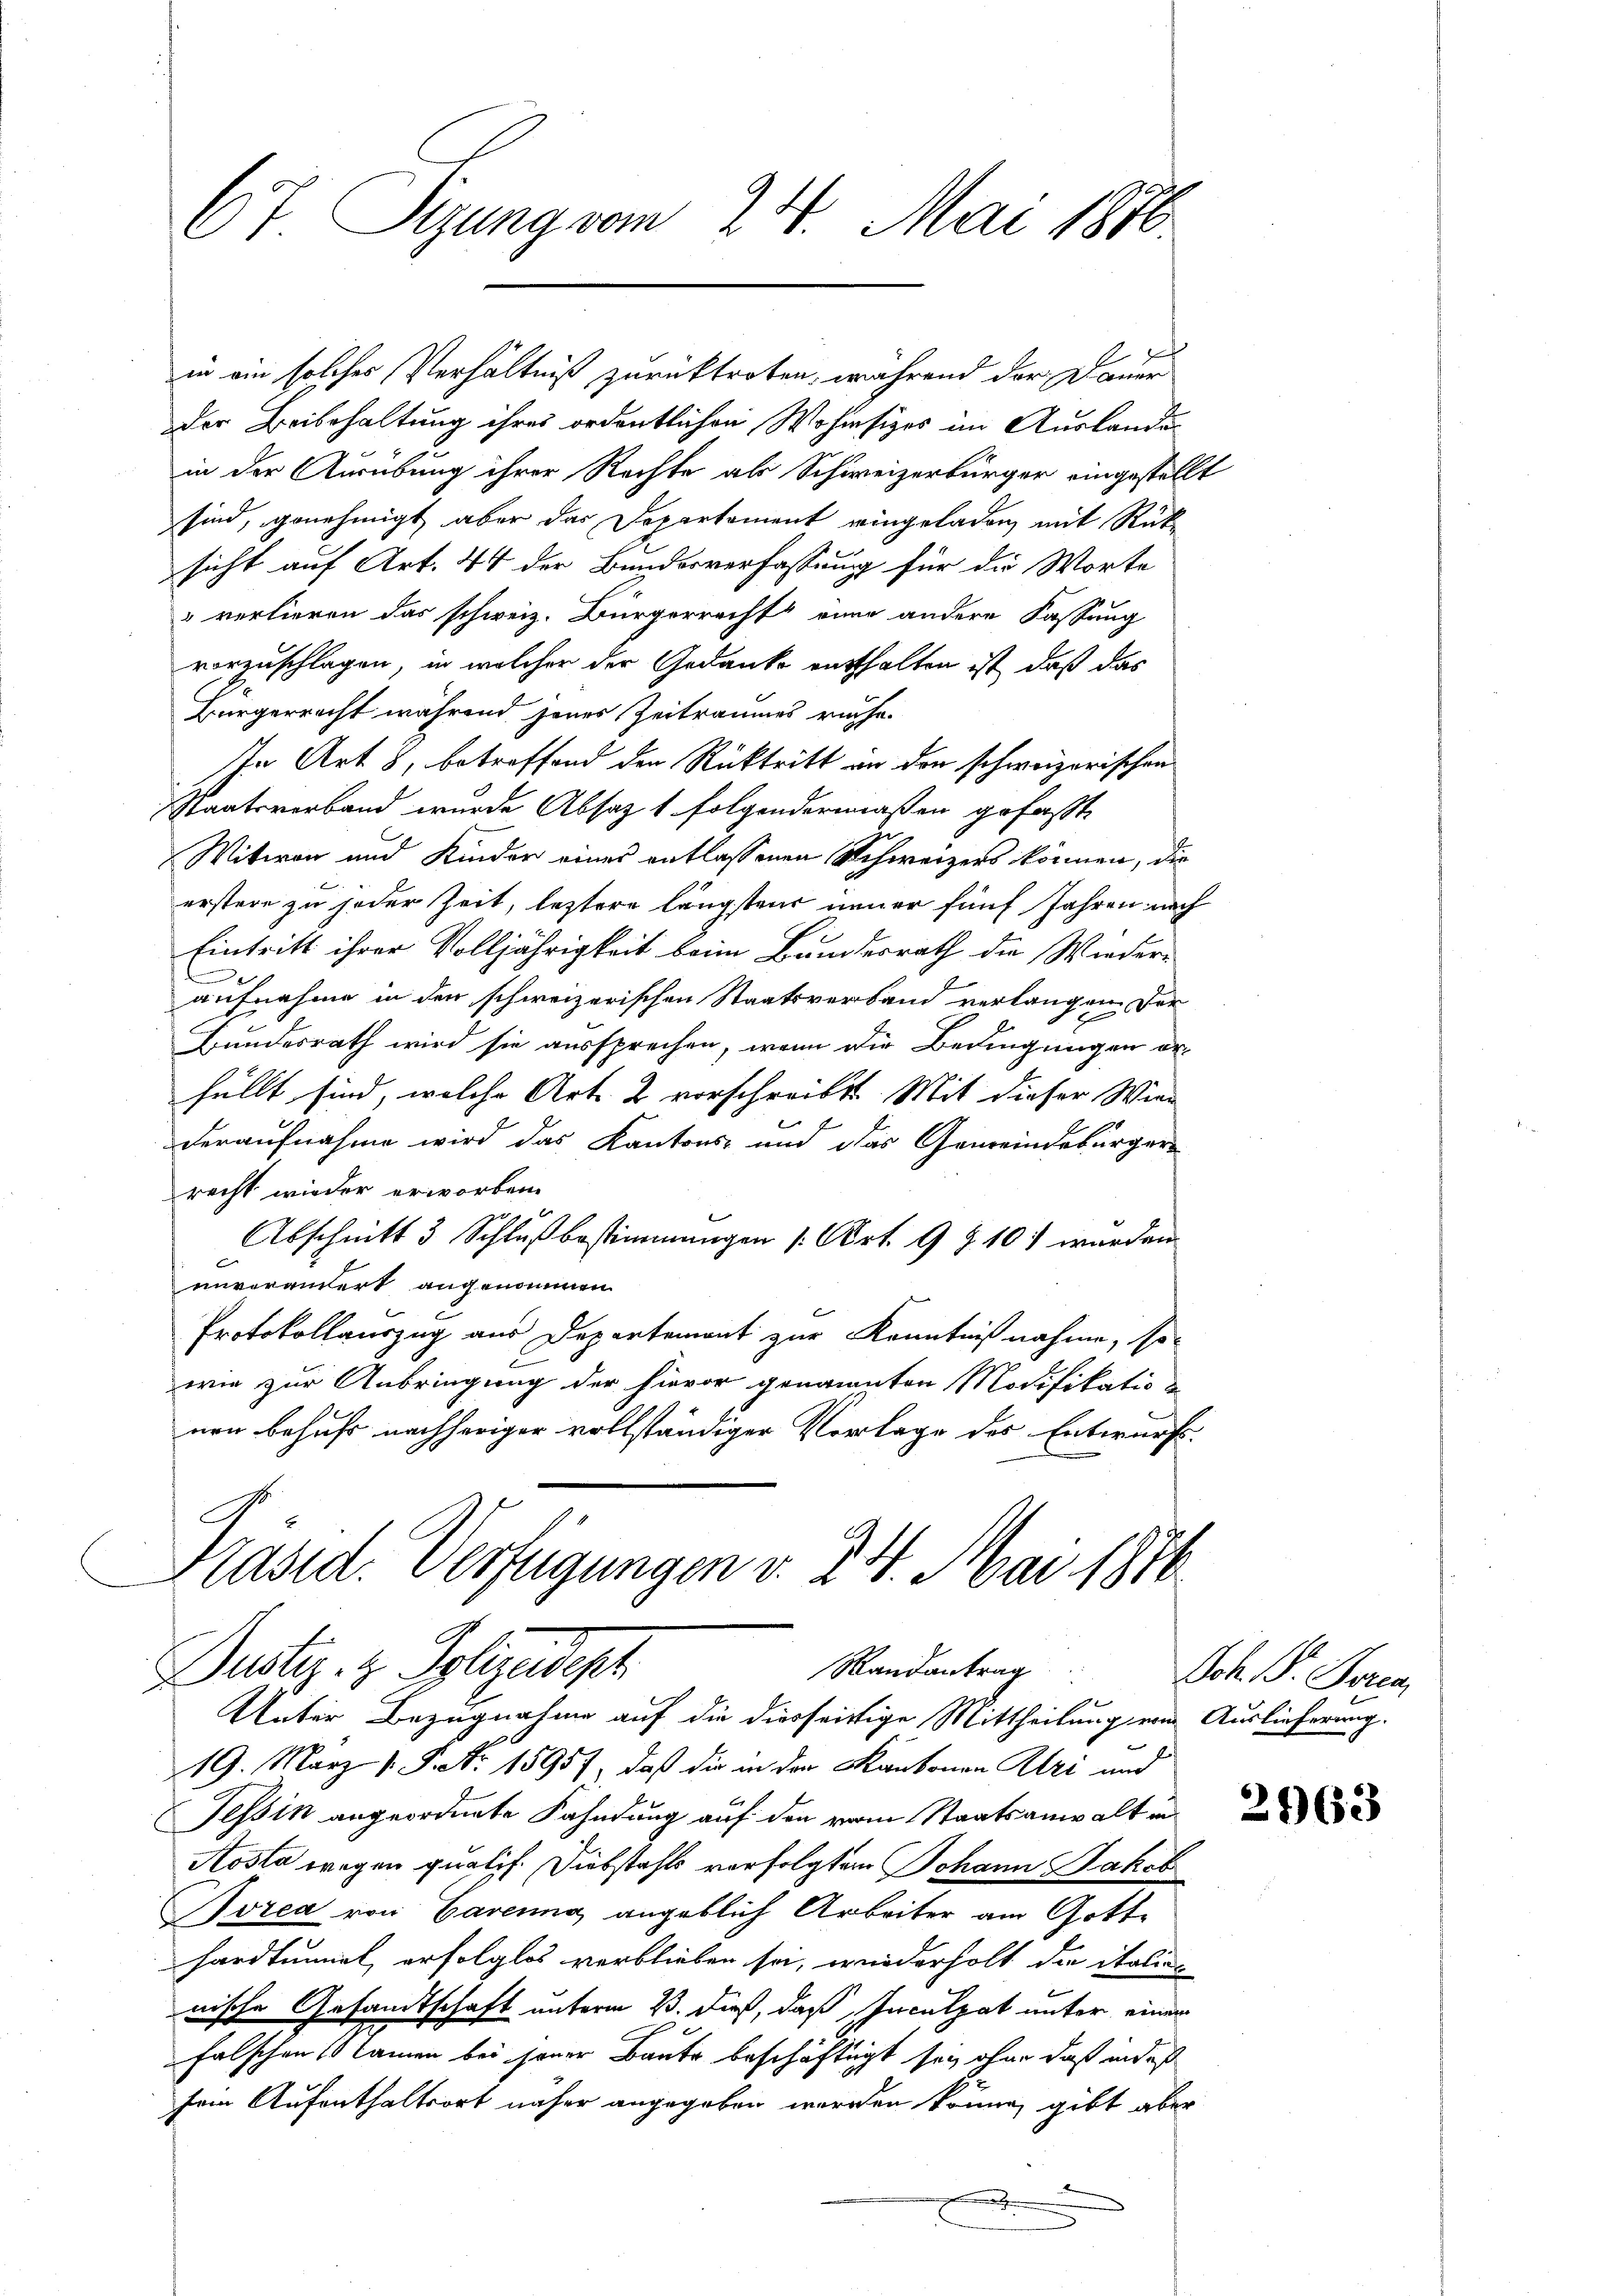
67 Sizung vom 24. Mai 1870.

der Beibehaltung ihres ordentlichen Wohnsizes im Auslandein der Ausübung ihrer Rechte als Schweizerbürger eingestellt
sind, genehmigt aber das Departement eingeladen, mit Rücksicht auf Art. 44 der Bundesverfassung für die Worte
verlieren das schweiz. Bürgerrecht eine andere Fassung
vorzuschlagen, in welcher der Gedanke entthalten ist, daß das
Bürgerrecht während jenes Zeitraumes reche.
In Art. 8, betreffend den Rücktritt an den schweizerischen
Staatsverband wurde Absatz 1 folgendermaßen gefaßt.
Witwen und Kinder eines entlassenen Schweizers können, die
erstere zu jeder Zeit, letztere längstens neuer fünf Jahren nach
Eintritt ihrer Volljährigkeit beim Bundesrath die Wieder
aufnehme in den schweizerischen Staatsverband verlangen der
Bundesrath wird sie aussprechen, wenn die Bedingungen orhüllt sind, welche Art. 2 vorschreibt. Mit dieser Wien
deraufnahme wird das Kantons- und das Gemeindebürgerrecht wieder erworben.
Abschnitt 3 Schluß bestimmungen (Art. 9 § 101 wurden
unverändert angenommen.
Protokollauszug aus Departement zur Kenntnißnahme, so
wie zur Anbringung der hievor genannten Modifikatio
nen behufs nachheriger vollständiger Vorlage des Entwurf.
Präsid. Verfügungen v. 24. Mai 1876
Mandantrag
Dustiz- & Polizedept
Unter Bezugnahme auf die diesseitige Mittheilung von Auslieferung.
19. März 1. P. Nr. 18957, daß dir in der Kantonen Uri und
Tessin angeordnete Fahndung auf den vom Staatsanwalt in
Aosta wegen qualif. Diebstahls verfolgten Johann Jakob
Borea von Garanna angeblich Arbeiter am Gotte
hardtunnel erfolglos verblieben sei, wiederholt die italicnische Gesandtschaft unterm 23. dieß, daß Inculpat unter einer
falschen kamen bei jener Baute beschäftigt sei, ohne daß in des
sein Aufenthaltsort näher angegeben werden könne, gibt aber
.

in ein solches Verhältniß zurücktreten, während der Dauer

Joh. Pr. Boren,

7

2963